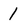
Character: 1